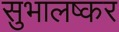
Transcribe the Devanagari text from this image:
सुभालष्कर